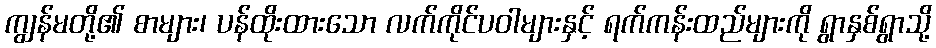
ကျွန်မတို့၏ စာများ၊ ပန်ထိုးထားသော လက်ကိုင်ပဝါများနှင့် ရက်ကန်းထည်များကို ရွာနှစ်ရွာသို့